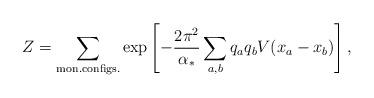
LaTeX: \begin{align*}Z=\sum_{{\rm mon. configs.}}\exp\left[ -\frac{2\pi^2}{\alpha_*}\sum_{a,b}q_a q_bV(x_a-x_b)\right] ,\end{align*}